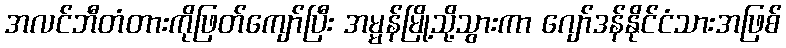
အလင်ဘီတံတားကိုဖြတ်ကျော်ပြီး အမ္မန်မြို့သို့သွားကာ ဂျော်ဒန်နိုင်ငံသားအဖြစ်